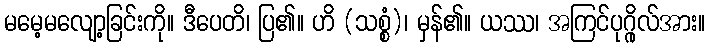
မမေ့မလျော့ခြင်းကို။ ဒီပေတိ၊ ပြ၏။ ဟိ (သစ္စံ)၊ မှန်၏။ ယဿ၊ အကြင်ပုဂ္ဂိုလ်အား။